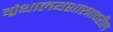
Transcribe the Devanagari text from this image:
ग्रंथालयशास्त्रावरील